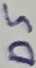
Text: D5